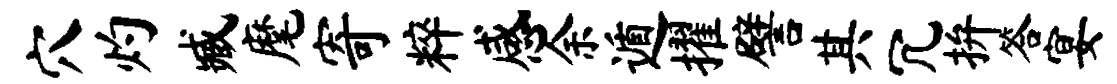
穴灼臧麾寄粹感余遁擢譬其冗拚答宴